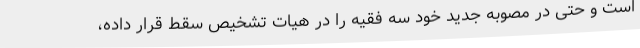
است و حتی در مصوبه جدید خود سه فقیه را در هیات تشخیص سقط قرار داده،